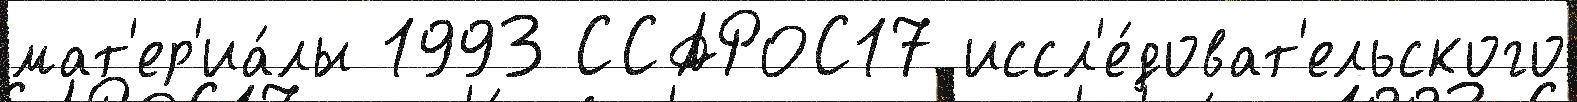
мат'ер'иа́лы 1993 ССАРОС17 иссл'е́доват'ельского